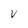
Character: V